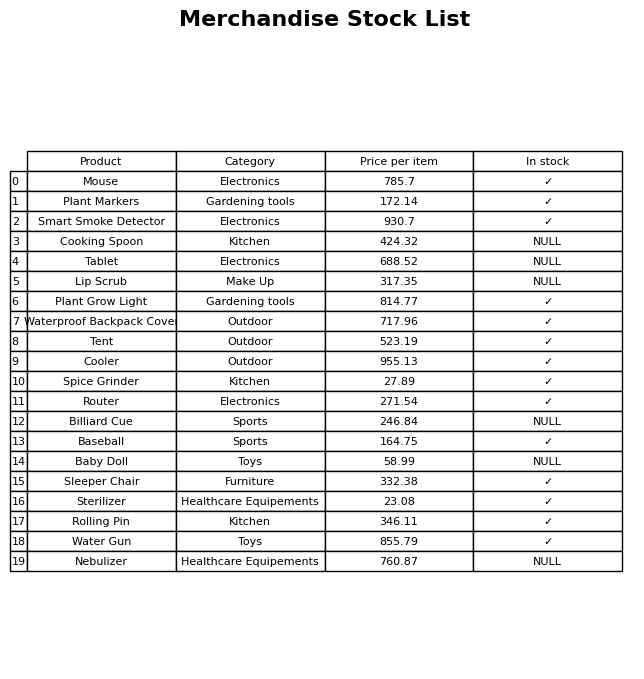
question: What is the price of the Lip Scrub?
answer: The price of Lip Scrub is 317.35.